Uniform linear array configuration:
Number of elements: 16
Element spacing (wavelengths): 0.5
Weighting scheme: hann
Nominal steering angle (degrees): -60
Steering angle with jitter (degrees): -59.24
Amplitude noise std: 0.05
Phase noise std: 0.05

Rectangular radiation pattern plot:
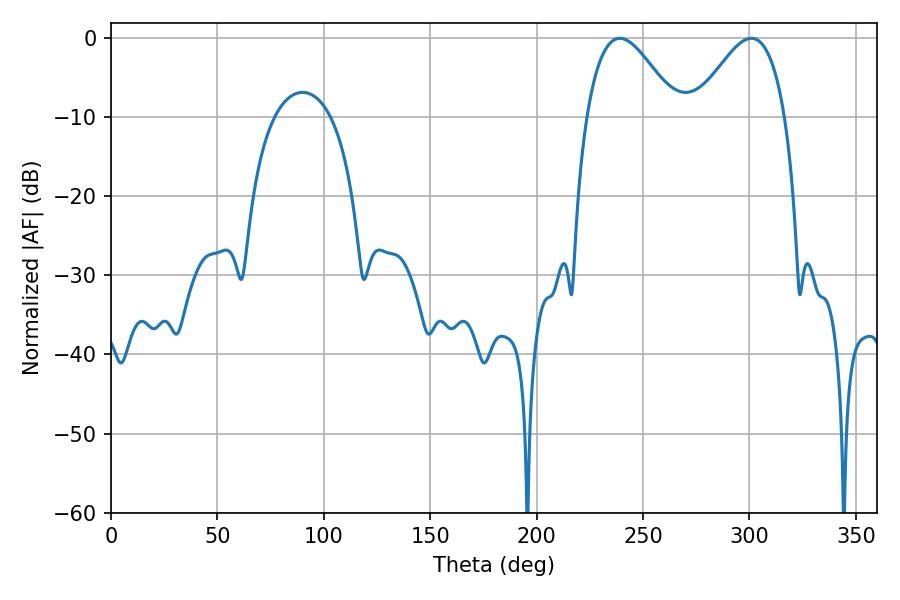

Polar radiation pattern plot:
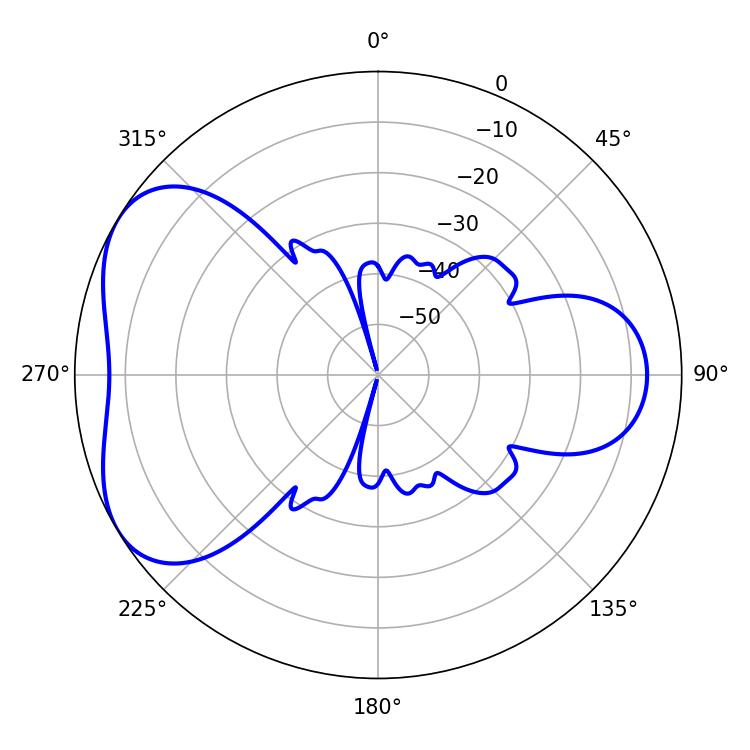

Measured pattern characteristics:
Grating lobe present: FALSE
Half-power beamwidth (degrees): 22.86
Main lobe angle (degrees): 239.04